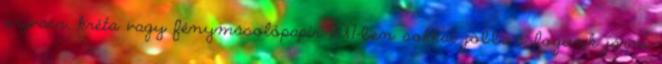
szivacs, kréta vagy fénymásolópapír 2017-ben sokkal jobban fogunk járni